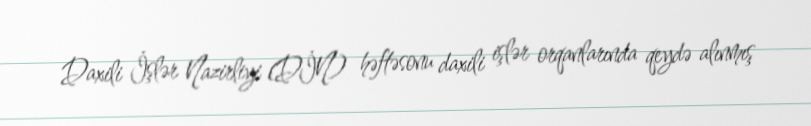
Daxili İşlər Nazirliyi (DİN) həftəsonu daxili işlər orqanlarında qeydə alınmış